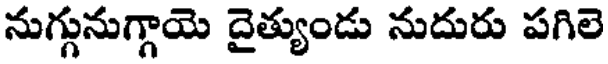
నుగ్గునుగ్గాయె దైత్యుండు నుదురు పగిలె